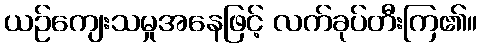
ယဉ်ကျေးသမှုအနေဖြင့် လက်ခုပ်တီးကြ၏။